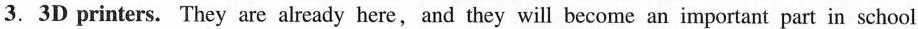
3.3D printers. They are already here,and they will become an important part in school